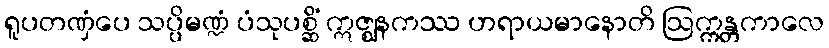
ရူပတဏှံပေ သပ္ပိမဏ္ဍံ ပံသုပစ္ဆိံ ဣဇ္ဈနကဿ ဟရာယမာနောတိ ဩက္ကန္တကာလေ